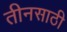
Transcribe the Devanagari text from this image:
तीनसाठी